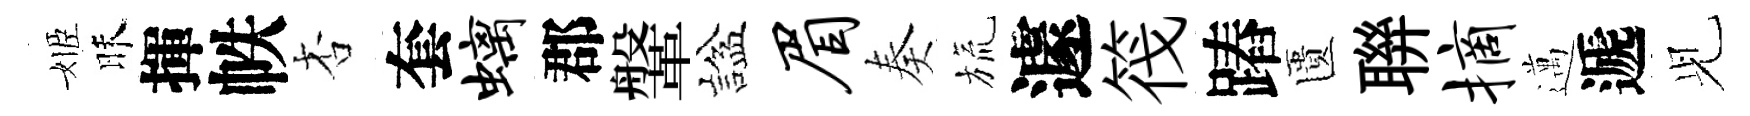
姬昧揮帙杏套螭郡鞶諡眉奏旒遽筏蹖匱聨摘邁遞𫤗